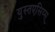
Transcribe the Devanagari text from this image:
युस्तएसिय्स्